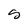
Character: s